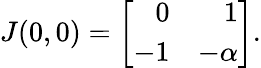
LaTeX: J(0,0)=\left[{\begin{array}{rr}{0}&{1}\\ {-1}&{-\alpha}\end{array}}\right].